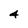
Character: 4